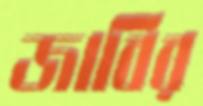
জাবির